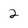
Character: 2